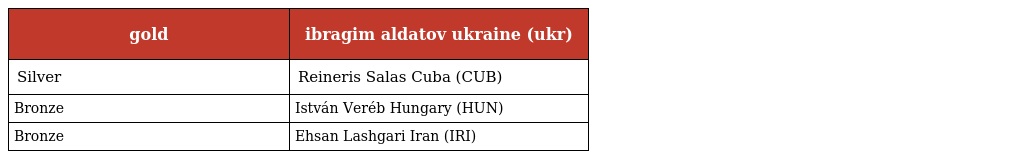
| gold | ibragim aldatov ukraine (ukr) |
 | --- | --- |
 | Silver | Reineris Salas Cuba (CUB) |
 | Bronze | István Veréb Hungary (HUN) |
 | Bronze | Ehsan Lashgari Iran (IRI) |